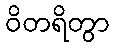
ဝိတရိတွာ